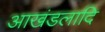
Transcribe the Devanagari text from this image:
आखंडलादि